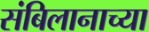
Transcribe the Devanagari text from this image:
संबिलानाच्या